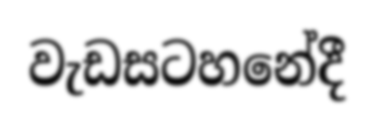
වැඩසටහනේදී